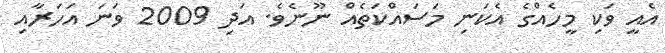
އެއީ ވަކި މީހެއްގެ އެކަނި މަސައްކަތެއް ނޫނެވެ. އަދި 2009 ވަނަ އަހަރާއި